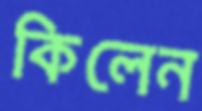
কিলেন